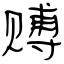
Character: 赙